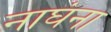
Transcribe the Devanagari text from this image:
नाघंना